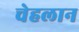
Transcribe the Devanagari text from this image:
चेहलान